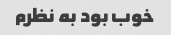
خوب بود به نظرم